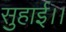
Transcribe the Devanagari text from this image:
सुहाई।।